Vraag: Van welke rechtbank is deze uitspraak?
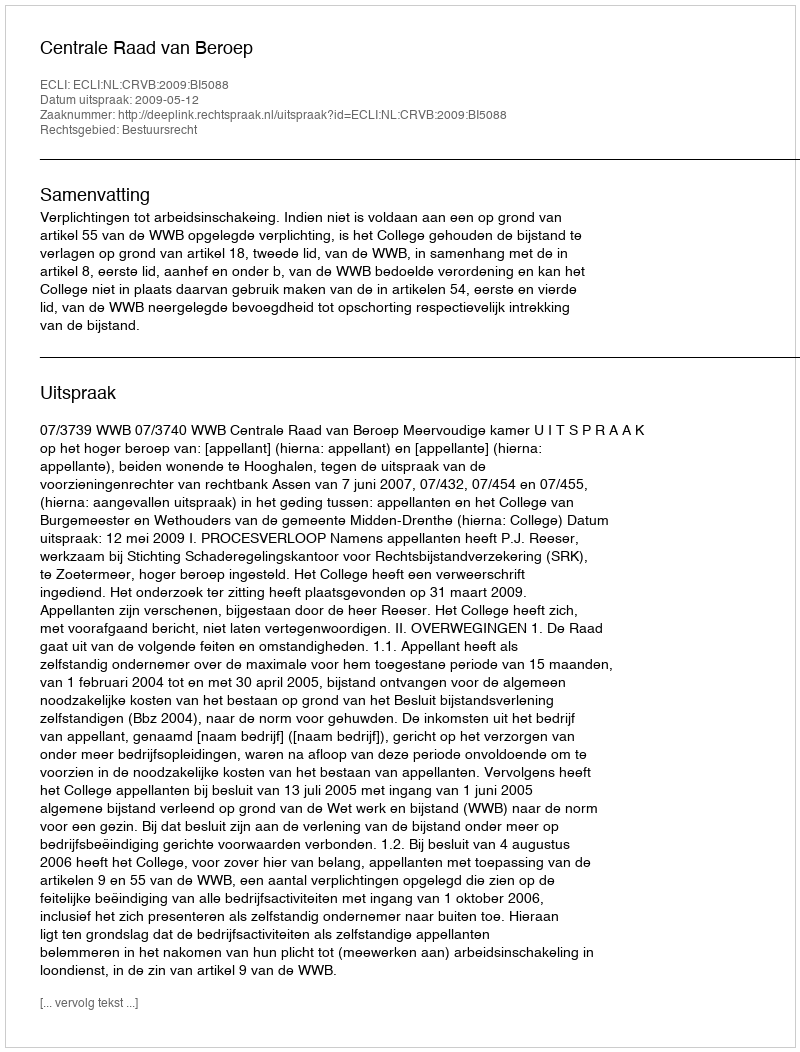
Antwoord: Centrale Raad van Beroep